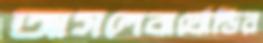
আসলেবার্থোল্ডির